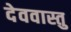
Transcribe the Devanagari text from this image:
देववास्तु